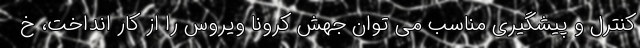
کنترل و پیشگیری مناسب می توان جهش کرونا ویروس را از کار انداخت، خ